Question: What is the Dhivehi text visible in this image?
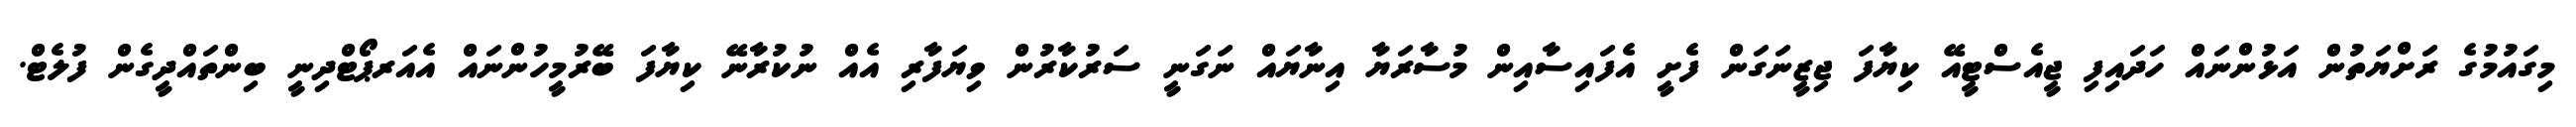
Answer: މިގައުމުގެ ރަށްޔަތުން އަޅުންނައް ހަދައިފި ޖީއެސްޓީއޭ ކިޔާފަ ޖިޒީނަގަން ފެށީ އެފައިސާއިން މުސާރަޔާ އިނާޔައް ނަގަނީ ސަރުކާރުން ވިޔަފާރި އެއް ނުކުރާނޭ ކިޔާފަ ބޭރުމީހުންނައް އެއަރޕޯޓްދިނީ ބިންތައްދީގެން ފުލެޓް.